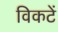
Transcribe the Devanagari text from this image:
विकटें